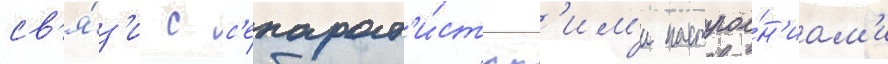
св'я́з'и с с'епарат'и́стск'им'и настрое́н'иам'и